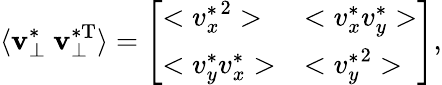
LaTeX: \langle\mathbf{v}_{\perp}^{\ast}~\mathbf{v}_{\perp}^{\ast\mathrm{{T}}}\rangle=\left[\begin{array}{ll}{<{v_{x}^{\ast}}^{2}>}&{<v_{x}^{\ast}v_{y}^{\ast}>}\\ {<v_{y}^{\ast}v_{x}^{\ast}>}&{<{v_{y}^{\ast}}^{2}>}\end{array}\right],